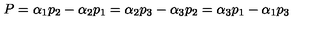
P = \alpha _ { 1 } p _ { 2 } - \alpha _ { 2 } p _ { 1 } = \alpha _ { 2 } p _ { 3 } - \alpha _ { 3 } p _ { 2 } = \alpha _ { 3 } p _ { 1 } - \alpha _ { 1 } p _ { 3 }